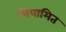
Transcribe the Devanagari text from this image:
मियामित